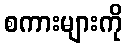
စကားများကို